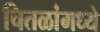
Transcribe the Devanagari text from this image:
चितळांमध्ये